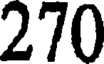
270